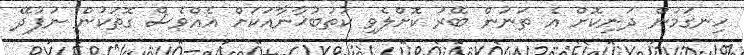
ހިނގަމުން ދަނިކޮށް އެ ތަނުން ބޭރު ކޮށްލެވި ކުތުބުޚާނާއަކަށް އެއްވެސް ގޮތަކުން ނުފުދޭ